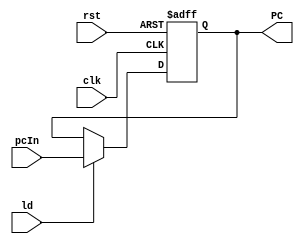
module PCReg(input clk,rst, ld, input [31:0] pcIn, output reg[31:0] PC);
	always @(posedge clk , posedge rst) begin
		if (rst) begin
			PC <= 32'b0;
		end
		else if (ld) begin
			PC <= pcIn;
		end
	end

endmodule